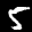
Label: 5